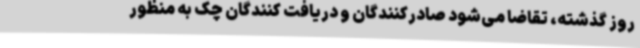
روز گذشته، تقاضا می‌شود صادرکنندگان و دریافت کنندگان چک به منظور